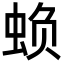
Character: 𮔅